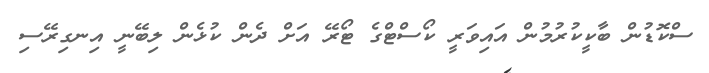
ސްކޮޑުން ބާކީކުރުމުން އައިވަރީ ކޯސްޓްގެ ޓޯރޭ އަށް ދެން ކުޅެން ލިބޭނީ އިނގިރޭސި